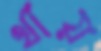
থায়